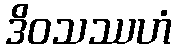
ဒိဝသဿဟံ